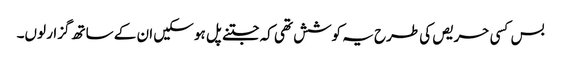
بس کسی حریص کی طرح یہ کوشش تھی کہ جتنے پل ہو سکیں ان کے ساتھ گزار لوں۔